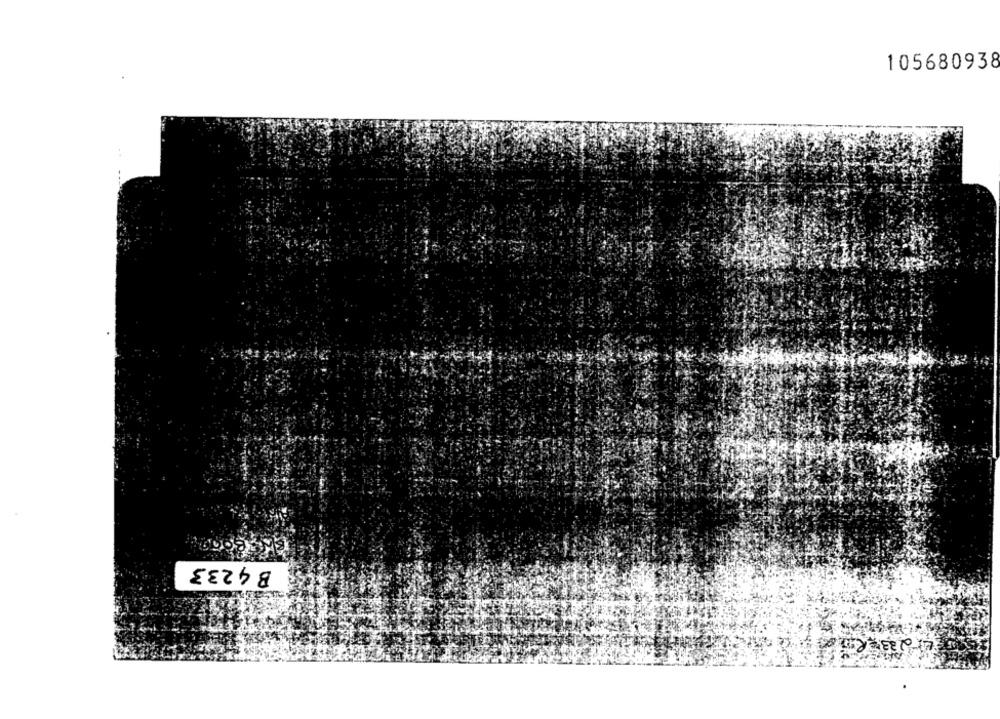
105680938
B4233
LI 233 - R.5